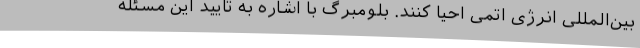
بین‌المللی انرژی اتمی احیا کنند. بلومبرگ با اشاره به تایید این مسئله